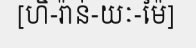
[ហិ-រ៉ាន់-យៈ-ម៉ៃ]